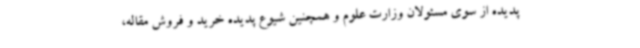
پدیده از سوی مسئولان وزارت علوم و همچنین شیوع پدیده خرید و فروش مقاله،